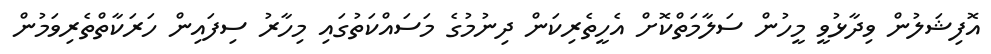
އޮފިޝަލުން ވިދާޅުވީ މީހުން ސަލާމަތްކޮށް އެހީތެރިކަން ދިނުމުގެ މަސައްކަތުގައި މިހާރު ސިފައިން ހަރަކާތްތެރިވަމުން